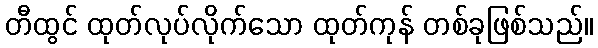
တီထွင် ထုတ်လုပ်လိုက်သော ထုတ်ကုန် တစ်ခုဖြစ်သည်။